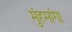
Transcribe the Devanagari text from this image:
मुंहमांगा